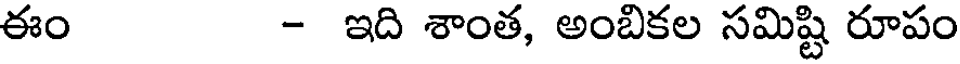
ఈం - ఇది శాంత, అంబికల సమిష్టి రూపం